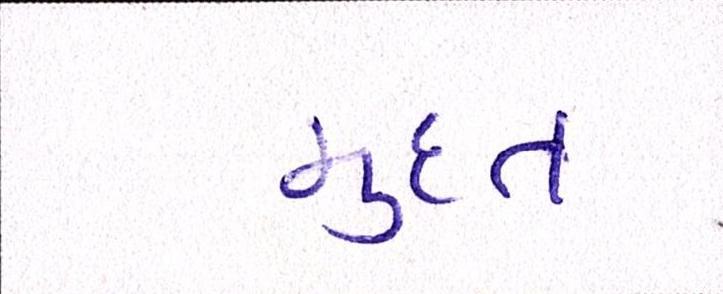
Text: મુદત